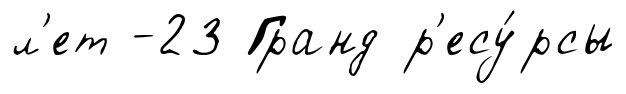
л'ет -23 Гранд р'есу́рсы